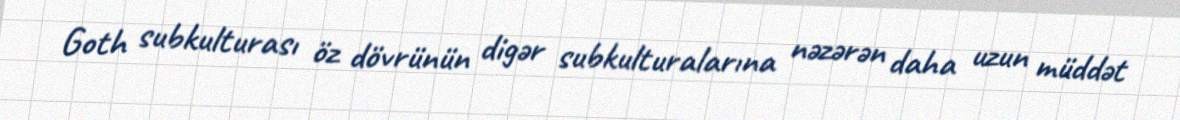
Goth subkulturası öz dövrünün digər subkulturalarına nəzərən daha uzun müddət